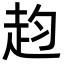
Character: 赹